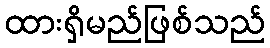
ထားရှိမည်ဖြစ်သည်